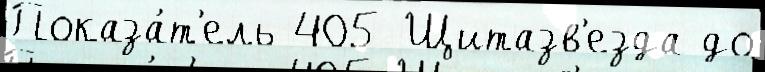
Показа́т'ель 405 Щитазв'езда до